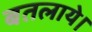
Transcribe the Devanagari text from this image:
बतलाये।